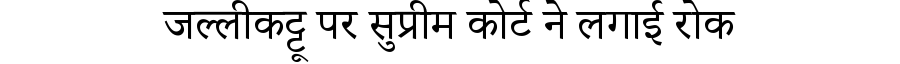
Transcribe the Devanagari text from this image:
जल्लीकट्टू पर सुप्रीम कोर्ट ने लगाई रोक